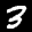
Label: 3